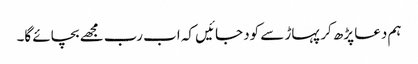
ہم دعا پڑھ کر پہاڑ سے کود جائیں کہ اب رب مجھے بچائے گا۔